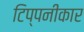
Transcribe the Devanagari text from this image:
टिप्पनीकार